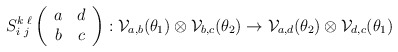
\begin{align*}S^{k \; \ell}_{i \; j} \left(\begin{array}{cc} a & d \\ b & c \end{array}\right) : {\cal V}_{a,b}( \theta_1 ) \otimes{\cal V}_{b,c}(\theta_2) \rightarrow{\cal V}_{a,d}( \theta_2 ) \otimes{\cal V}_{d,c}(\theta_1) \end{align*}